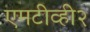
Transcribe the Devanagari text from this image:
एमटीव्ही२